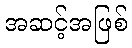
အဆင့်အဖြစ်